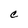
Character: C